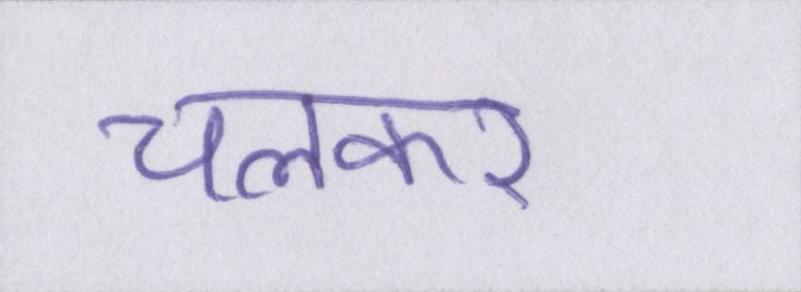
चलकर